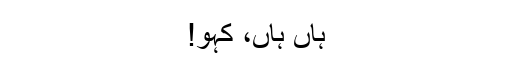
ہاں ہاں، کہو!